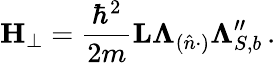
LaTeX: \mathbf H_{\bot}=\frac{\hbar^{2}}{2m}\mathbf L\mathbf\Lambda_{(\hat{n}\cdot)}\mathbf\Lambda_{S,b}^{\prime\prime}\, .